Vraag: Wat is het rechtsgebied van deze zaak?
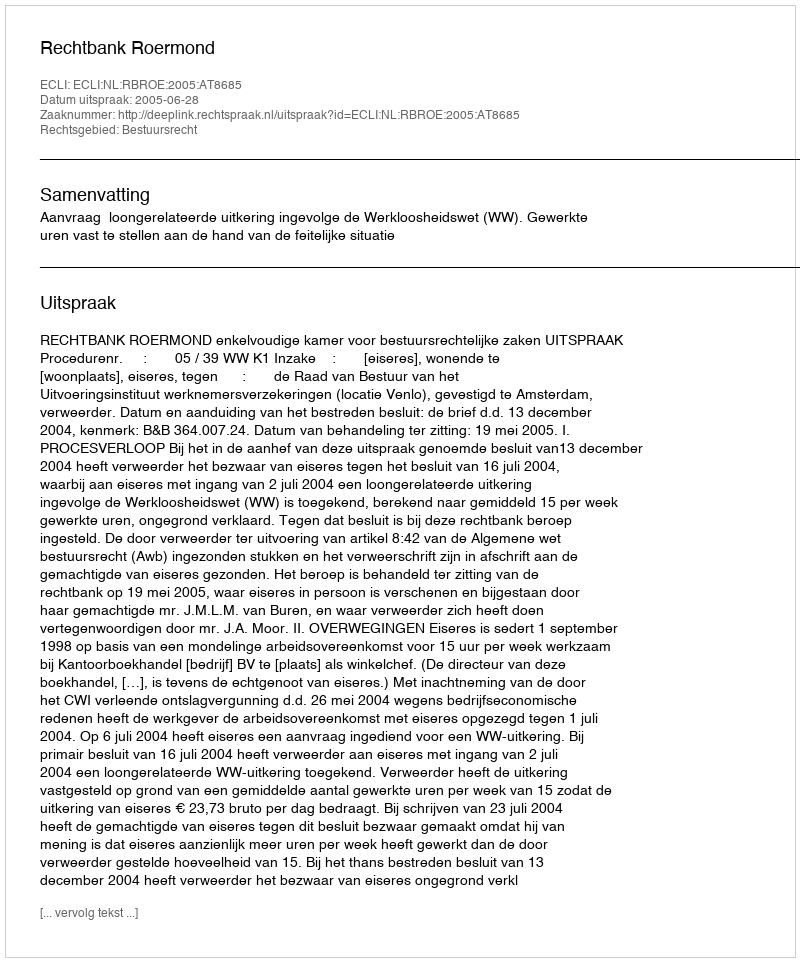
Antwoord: Bestuursrecht